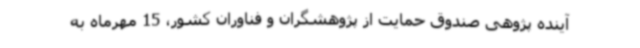
آینده پژوهی صندوق حمایت از پژوهشگران و فناوران کشور، 15 مهرماه به